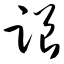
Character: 跟